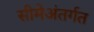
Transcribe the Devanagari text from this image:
सीमेअंतर्गत